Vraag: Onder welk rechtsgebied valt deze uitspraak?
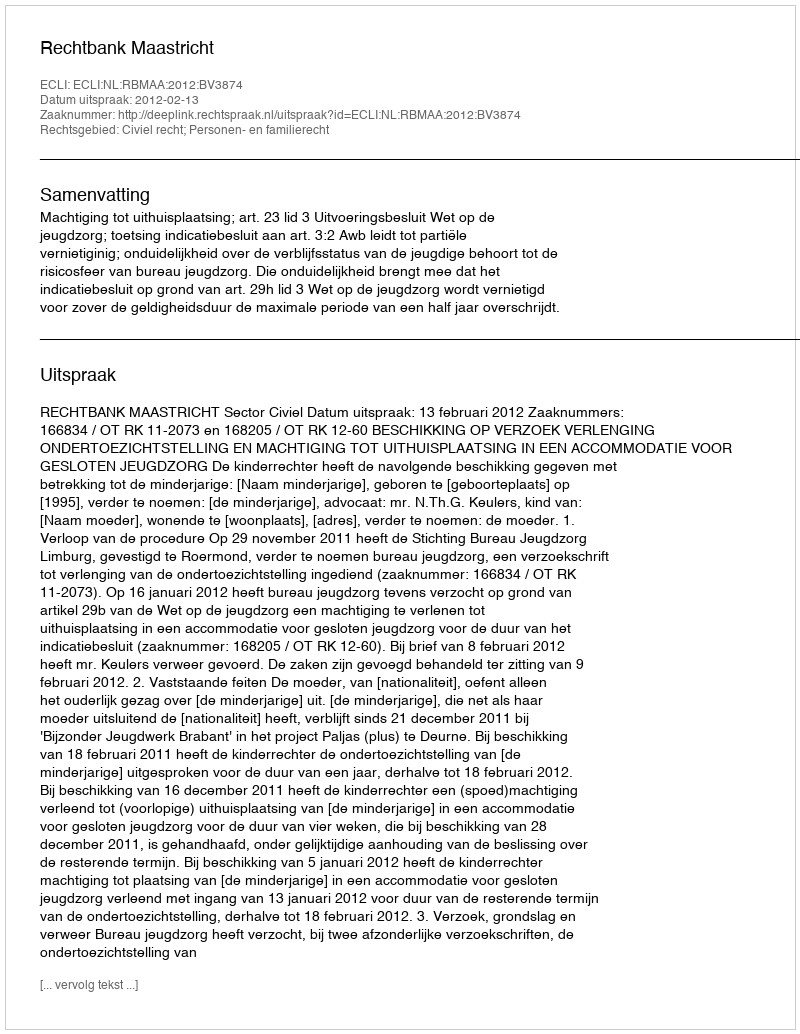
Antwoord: Civiel recht; Personen- en familierecht